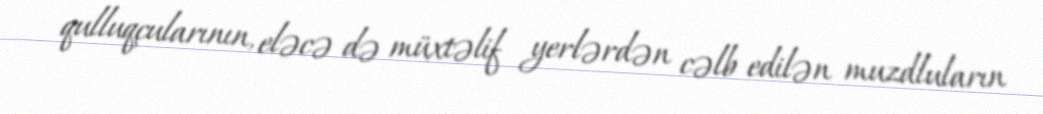
qulluqçularının, eləcə də müxtəlif yerlərdən cəlb edilən muzdluların